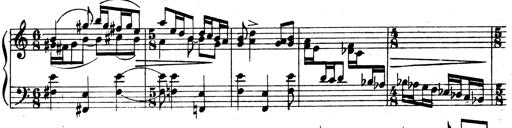
Title: 3 Sonatinas for Piano
Composer: Vissarion Shebalin